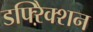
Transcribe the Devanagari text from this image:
डफ्ऱैिक्शन